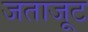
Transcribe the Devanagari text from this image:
जताजूट